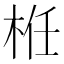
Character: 栣